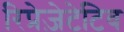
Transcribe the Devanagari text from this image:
रिप्रेज़ेटेटिव